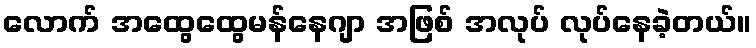
လောက် အထွေထွေမန်နေဂျာ အဖြစ် အလုပ် လုပ်နေခဲ့တယ်။